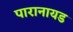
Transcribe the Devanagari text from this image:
पारानायड